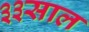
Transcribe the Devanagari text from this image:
३३साल